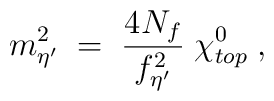
m_{\eta^\prime}^2 \; = \; \frac{4 N_f}{f_{\eta^\prime}^2} \; \chi_{top}^0 \; ,